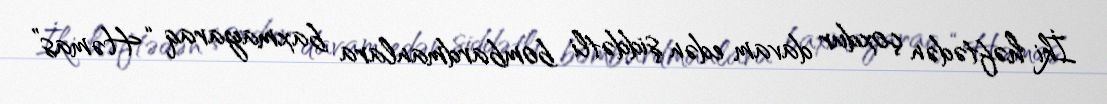
İki həftədən çoxdur davam edən şiddətli bombardmanlara baxmayaraq “Həmas”